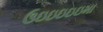
ઉઇઇઇઇઇમા